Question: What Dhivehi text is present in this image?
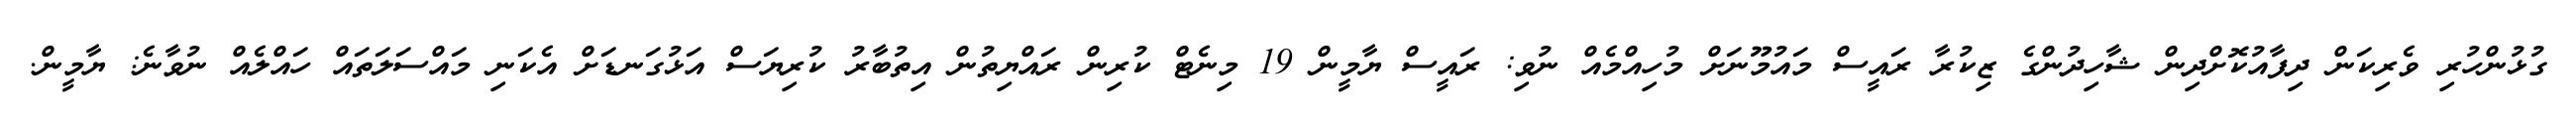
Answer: ގުޅުންހުރި ވެރިކަން ދިފާއުކޮށްދިން ޝާހިދުންގެ ޒިކުރާ ރައީސް މައުމޫނަށް މުހިއްމެއް ނުވި: ރައީސް ޔާމީން 19 މިނެޓް ކުރިން ރައްޔިތުން އިތުބާރު ކުރިޔަސް އަޅުގަނޑަށް އެކަނި މައްސަލަތައް ހައްލެއް ނުވާނެ: ޔާމީން.